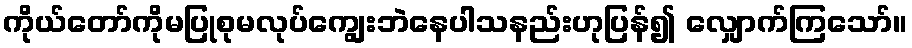
ကိုယ်တော်ကိုမပြုစုမလုပ်ကျွေးဘဲနေပါသနည်းဟုပြန်၍ လျှောက်ကြသော်။